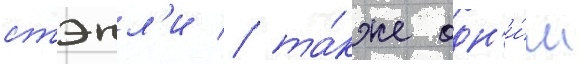
стэнл'и / та́кже одн'и́м